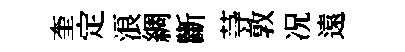
奎定浪綢斷䒭敦况遠